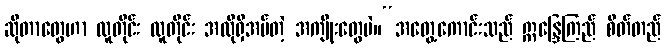
ဆိုတာတွေဟာ လူတိုင်း လူတိုင်း အလိုရှိအပ်တဲ့ အကျိုးတွေပဲ။“အတွေ့ကောင်းသည် ဣန္ဒြေကြည် စိတ်တည်